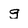
Character: g